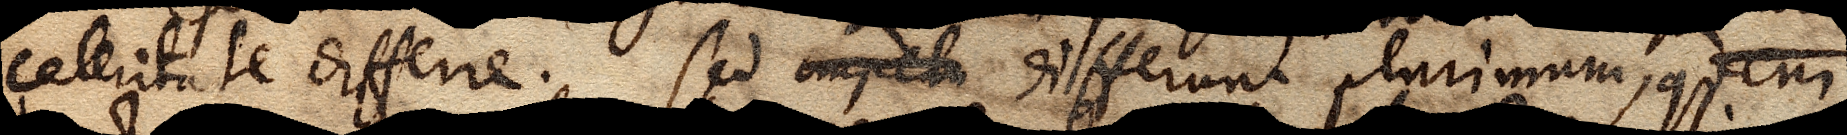
celeritate differre. Sed impetu differunt plurimum, quem